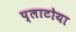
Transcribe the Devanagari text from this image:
प्लाटोया